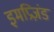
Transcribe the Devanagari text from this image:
इमप्रिज़ंड